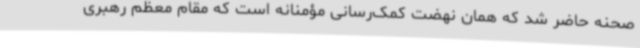
صحنه حاضر شد که همان نهضت کمک‌رسانی مؤمنانه است که مقام معظم رهبری